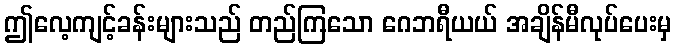
ဤလေ့ကျင့်ခန်းများသည် တည်ကြသော ဂေဘရီယယ် အချိန်မီလုပ်ပေးမှ